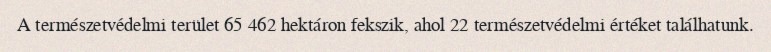
A természetvédelmi terület 65 462 hektáron fekszik, ahol 22 természetvédelmi értéket találhatunk.